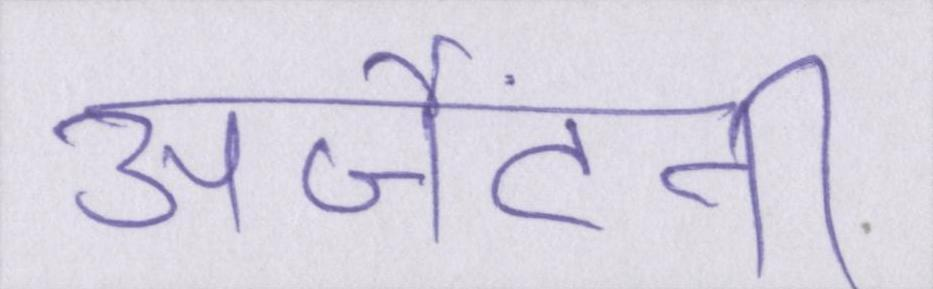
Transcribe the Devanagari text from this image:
अर्जेंटीनी